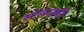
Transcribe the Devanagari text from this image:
स्टेनजनी